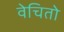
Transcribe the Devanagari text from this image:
वेचितो